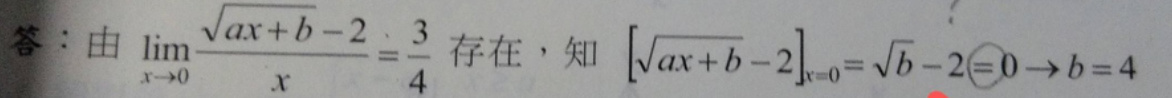
答：由$\lim_{x \to 0} \frac{\sqrt{ax + b} - 2}{x} = \frac{3}{4}$存在，知$[\sqrt{ax + b} - 2]_{x = 0} = \sqrt{b} - 2 = 0 \to b = 4$